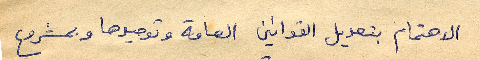
الاهتمام بتعديل القوانين العامة وتوحيدها وبمشروع